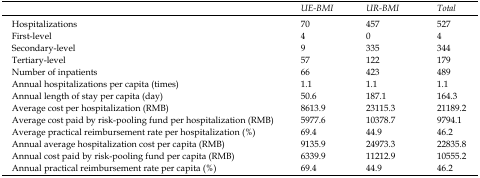
<table><thead><tr><td></td><td><b><i>UE-BMI</i></b></td><td><b><i>UR-BMI</i></b></td><td><b><i>Total</i></b></td></tr></thead><tbody><tr><td>Hospitalizations</td><td>70</td><td>457</td><td>527</td></tr><tr><td>First-level</td><td>4</td><td>0</td><td>4</td></tr><tr><td>Secondary-level</td><td>9</td><td>335</td><td>344</td></tr><tr><td>Tertiary-level</td><td>57</td><td>122</td><td>179</td></tr><tr><td>Number of inpatients</td><td>66</td><td>423</td><td>489</td></tr><tr><td>Annual hospitalizations per capita (times)</td><td>1.1</td><td>1.1</td><td>1.1</td></tr><tr><td>Annual length of stay per capita (day)</td><td>50.6</td><td>187.1</td><td>164.3</td></tr><tr><td>Average cost per hospitalization (RMB)</td><td>8613.9</td><td>23115.3</td><td>21189.2</td></tr><tr><td>Average cost paid by risk-pooling fund per hospitalization (RMB)</td><td>5977.6</td><td>10378.7</td><td>9794.1</td></tr><tr><td>Average practical reimbursement rate per hospitalization (%)</td><td>69.4</td><td>44.9</td><td>46.2</td></tr><tr><td>Annual average hospitalization cost per capita (RMB)</td><td>9135.9</td><td>24973.3</td><td>22835.8</td></tr><tr><td>Annual cost paid by risk-pooling fund per capita (RMB)</td><td>6339.9</td><td>11212.9</td><td>10555.2</td></tr><tr><td>Annual practical reimbursement rate per capita (%)</td><td>69.4</td><td>44.9</td><td>46.2</td></tr></tbody></table>